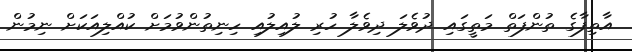
އާތިފާގެ ތުންފަތް މަތީގައި ދުވެލަ ދިވެލާ ހުރި ލުއިލުއި ހިނިތުންވުމަށް ކުއްލިއަކަށް ނިމުން